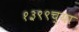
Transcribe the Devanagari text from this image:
१३९९च्या